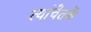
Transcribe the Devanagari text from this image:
त्यांचेतर्फे